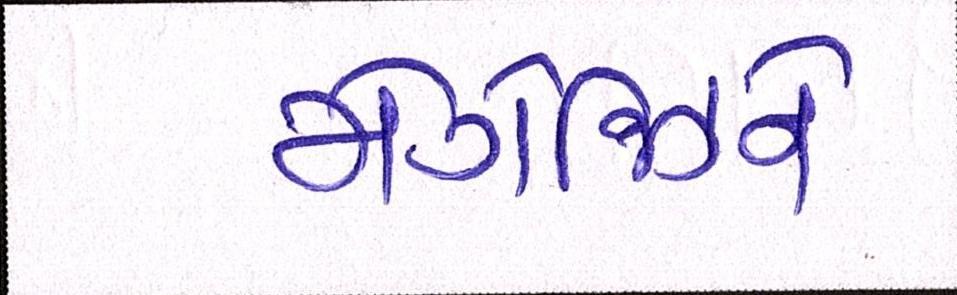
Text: મેગેઝિને